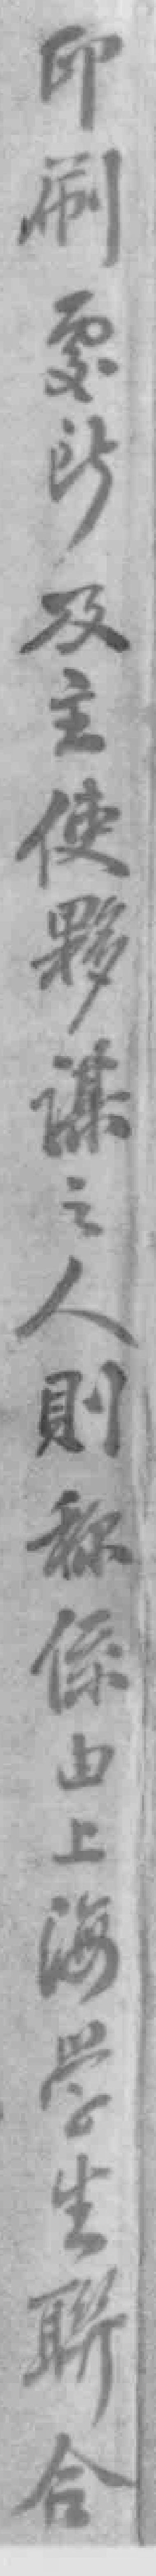
印刷*涉及主使夥謀之人則称係由上海學生聯合